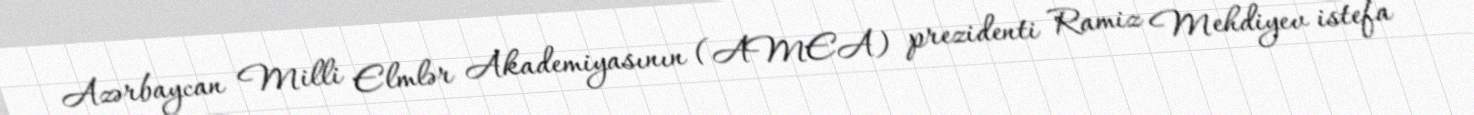
Azərbaycan Milli Elmlər Akademiyasının (AMEA) prezidenti Ramiz Mehdiyev istefa